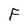
Character: F